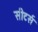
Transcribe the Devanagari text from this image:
सीटर्स